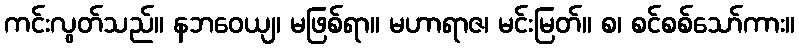
ကင်းလွတ်သည်။ နဘဝေယျ၊ မဖြစ်ရာ။ မဟာရာဇ၊ မင်းမြတ်။ စ၊ စင်စစ်သော်ကား။